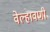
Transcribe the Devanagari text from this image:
वेल्हावणी